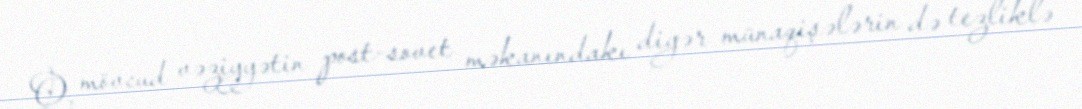
O, mövcud vəziyyətin post-sovet məkanındakı digər münaqişələrin də tezliklə